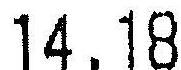
14.18